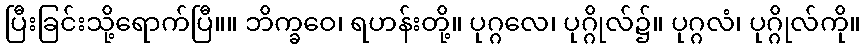
ပြီးခြင်းသို့ရောက်ပြီ။။ ဘိက္ခဝေ၊ ရဟန်းတို့။ ပုဂ္ဂလေ၊ ပုဂ္ဂိုလ်၌။ ပုဂ္ဂလံ၊ ပုဂ္ဂိုလ်ကို။